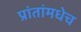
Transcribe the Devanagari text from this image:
प्रांतांमधेच